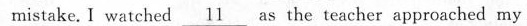
mistake.I watched \underline{11} as the teacher approached my